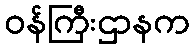
ဝန်ကြီးဌာနက